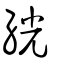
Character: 絖